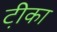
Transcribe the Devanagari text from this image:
टी़का